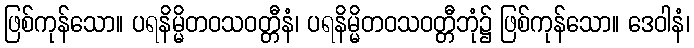
ဖြစ်ကုန်သော။ ပရနိမ္မိတဝသဝတ္တီနံ၊ ပရနိမ္မိတဝသဝတ္တီဘုံ၌ ဖြစ်ကုန်သော။ ဒေဝါနံ၊